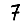
Digit: 7